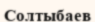
Солтыбаев